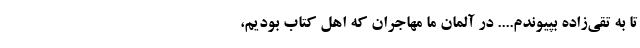
تا به تقی‌زاده بپیوندم.... در آلمان ما مهاجران که اهل کتاب بودیم‌،